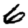
Digit: 6